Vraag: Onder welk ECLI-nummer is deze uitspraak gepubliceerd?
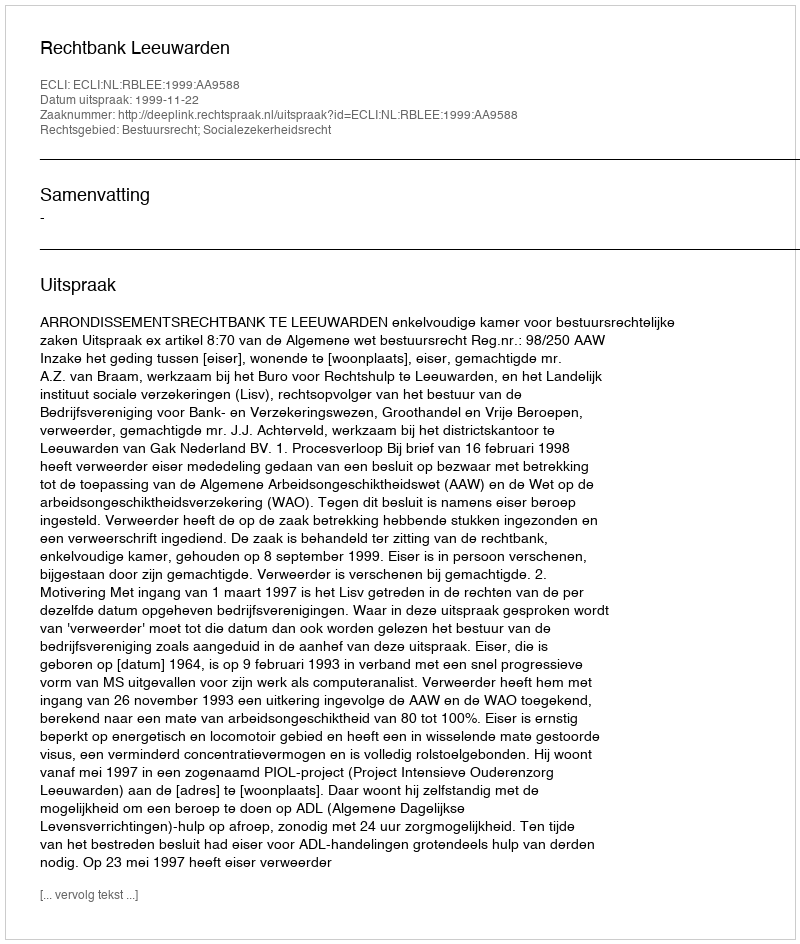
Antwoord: ECLI:NL:RBLEE:1999:AA9588